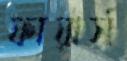
ফায়ার্স